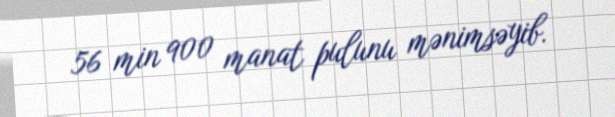
56 min 900 manat pulunu mənimsəyib.